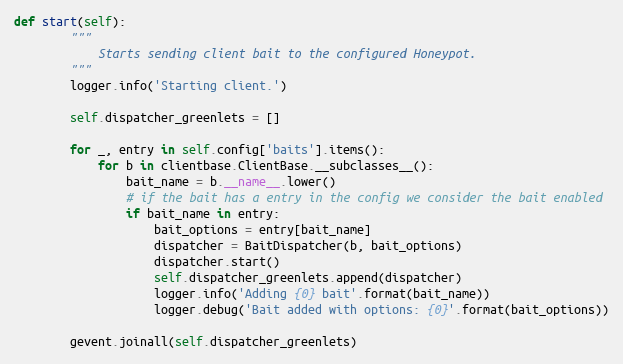
Language: Python
def start(self):
        """
            Starts sending client bait to the configured Honeypot.
        """
        logger.info('Starting client.')

        self.dispatcher_greenlets = []

        for _, entry in self.config['baits'].items():
            for b in clientbase.ClientBase.__subclasses__():
                bait_name = b.__name__.lower()
                # if the bait has a entry in the config we consider the bait enabled
                if bait_name in entry:
                    bait_options = entry[bait_name]
                    dispatcher = BaitDispatcher(b, bait_options)
                    dispatcher.start()
                    self.dispatcher_greenlets.append(dispatcher)
                    logger.info('Adding {0} bait'.format(bait_name))
                    logger.debug('Bait added with options: {0}'.format(bait_options))

        gevent.joinall(self.dispatcher_greenlets)